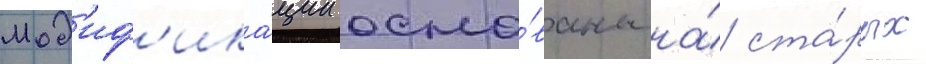
Мод'иф'ика́ции осно́ваны на́ ста́рых